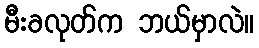
မီးခလုတ်က ဘယ်မှာလဲ။